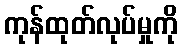
ကုန်ထုတ်လုပ်မှုကို